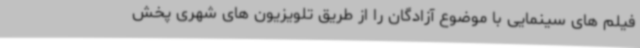
فیلم های سینمایی با موضوع آزادگان را از طریق تلویزیون های شهری پخش